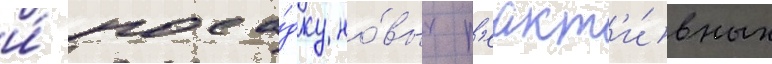
и́ поса́дку но́вых р'еакт'и́вных